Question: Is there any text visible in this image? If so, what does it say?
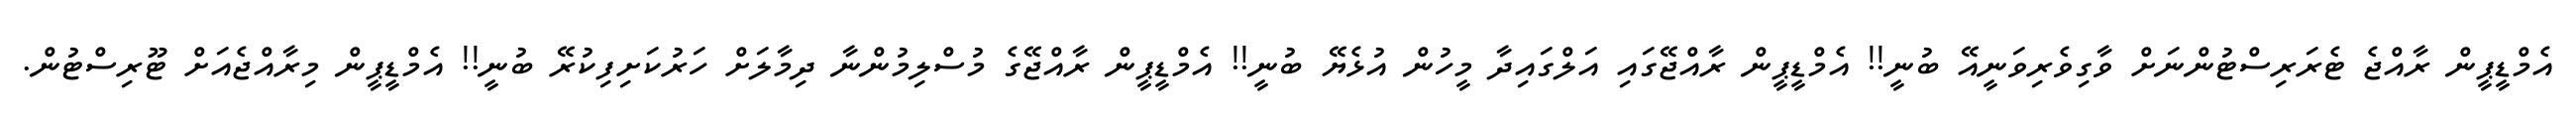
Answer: އެމްޑީޕީން ރާއްޖެ ޓެރަރިސްޓުންނަށް ވާގިވެރިވަނީއޭ ބުނީ!! އެމްޑީޕީން ރާއްޖޭގައި އަލްގައިދާ މީހުން އުޅެޔޭ ބުނީ!! އެމްޑީޕީން ރާއްޖޭގެ މުސްލިމުންނާ ދިމާލަށް ހަރުކަށިފިކުރޭ ބުނީ!! އެމްޑީޕީން މިރާއްޖެއަށް ޓޫރިސްޓުން.